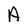
Character: A